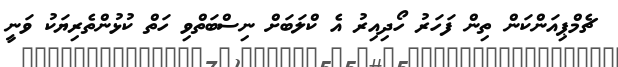
ޗެމްޕިއަންކަން ތިން ފަހަރު ހޯދިއިރު އެ ކްލަބަށް ނިސްބަތްވި ހަތް ކުޅުންތެރިޔަކު ވަނީ